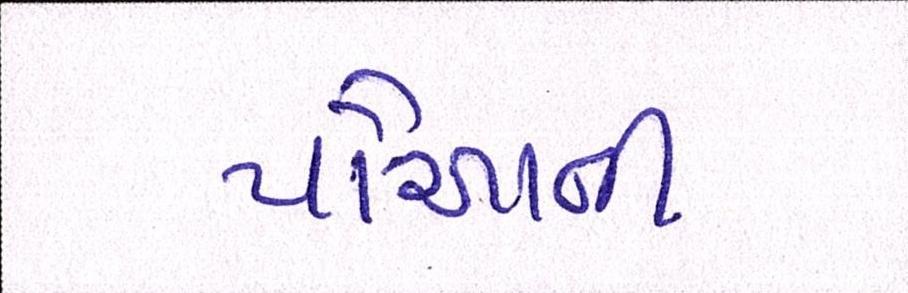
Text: પૌઆની